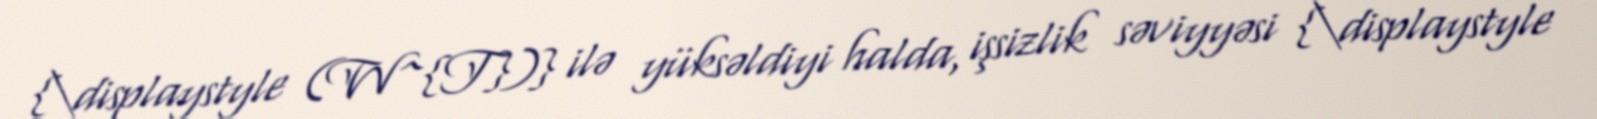
{\displaystyle (W^{T})} ilə yüksəldiyi halda, işsizlik səviyyəsi {\displaystyle